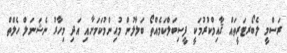
ރަސްމީ ލެބޯރޓަރީތައް ޤާއިމްކުރުމަކީ ފީސިބަލްކަމެއްތޯ ބަލާލުން މުޙިންމުކަމަށާއި އަދި މިހާރު ނެޝަނަލް ހެލްތް